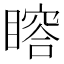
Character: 𥊉